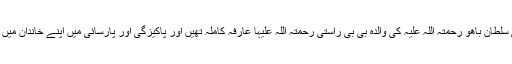
حضرت سخی سلطان باھُو رحمتہ اللہ علیہ کی والدہ بی بی راستی رحمتہ اللہ علیہا عارفہ کاملہ تھیں اور پاکیزگی اور پارسائی میں اپنے خاندان میں معروف تھیں۔